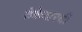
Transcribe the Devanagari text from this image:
ठेकेदारची